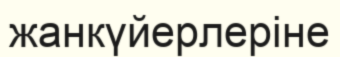
жанкүйерлеріне